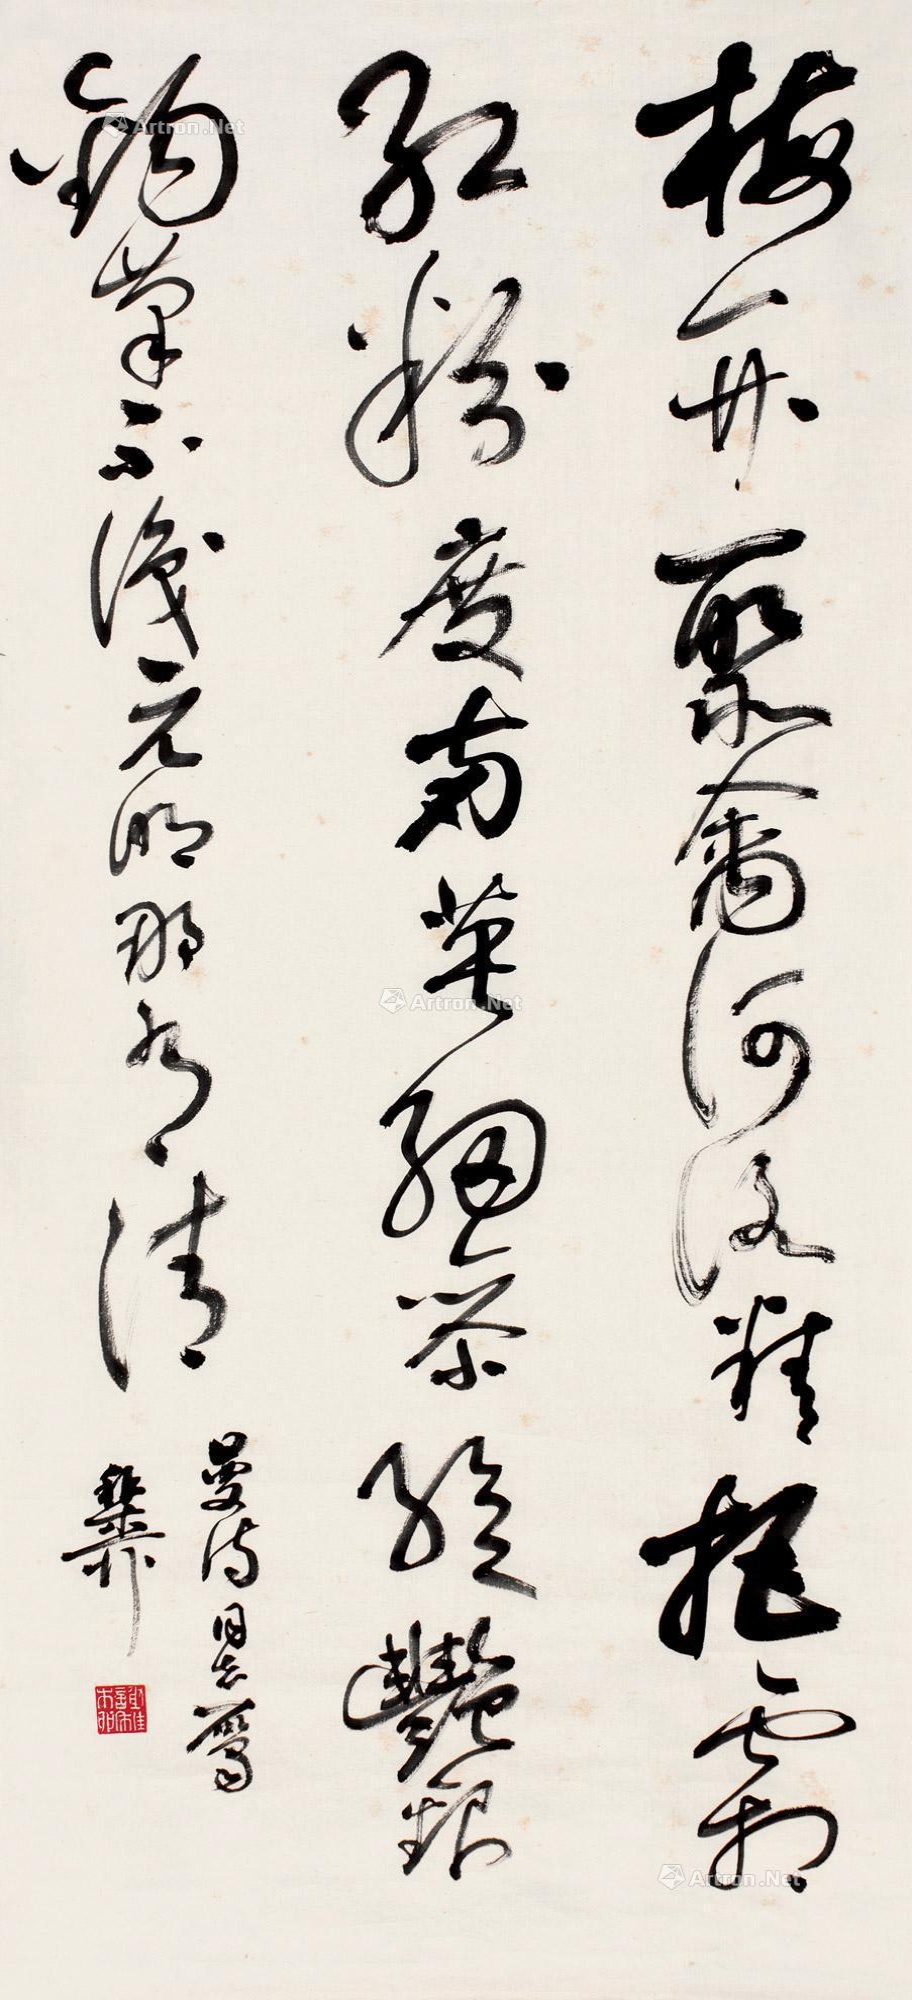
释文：梅开聚禽河洛精，拒霜红粉度南英。细参绝艳银钩笔，不识元明那有清。曼诗同志属，稚柳。